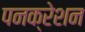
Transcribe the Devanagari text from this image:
पनक्रेशन